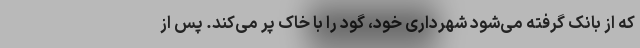
که از بانک گرفته می‌شود شهرداری خود، گود را با خاک پر می‌کند. پس از